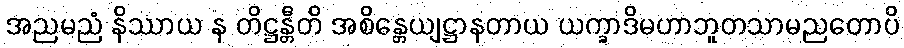
အညမညံ နိဿာယ န တိဋ္ဌန္တီတိ အစိန္တေယျဋ္ဌာနတာယ ယက္ခာဒိမဟာဘူတသာမညတောပိ